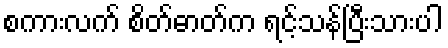
စကားလက် စိတ်ဓာတ်က ရင့်သန်ပြီးသားပါ